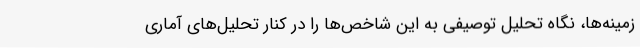
زمینه‌ها، نگاه تحلیل توصیفی به این شاخص‌ها را در کنار تحلیل‌های آماری